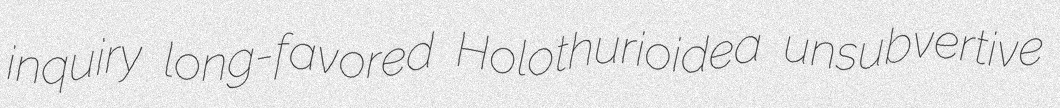
inquiry long-favored Holothurioidea unsubvertive